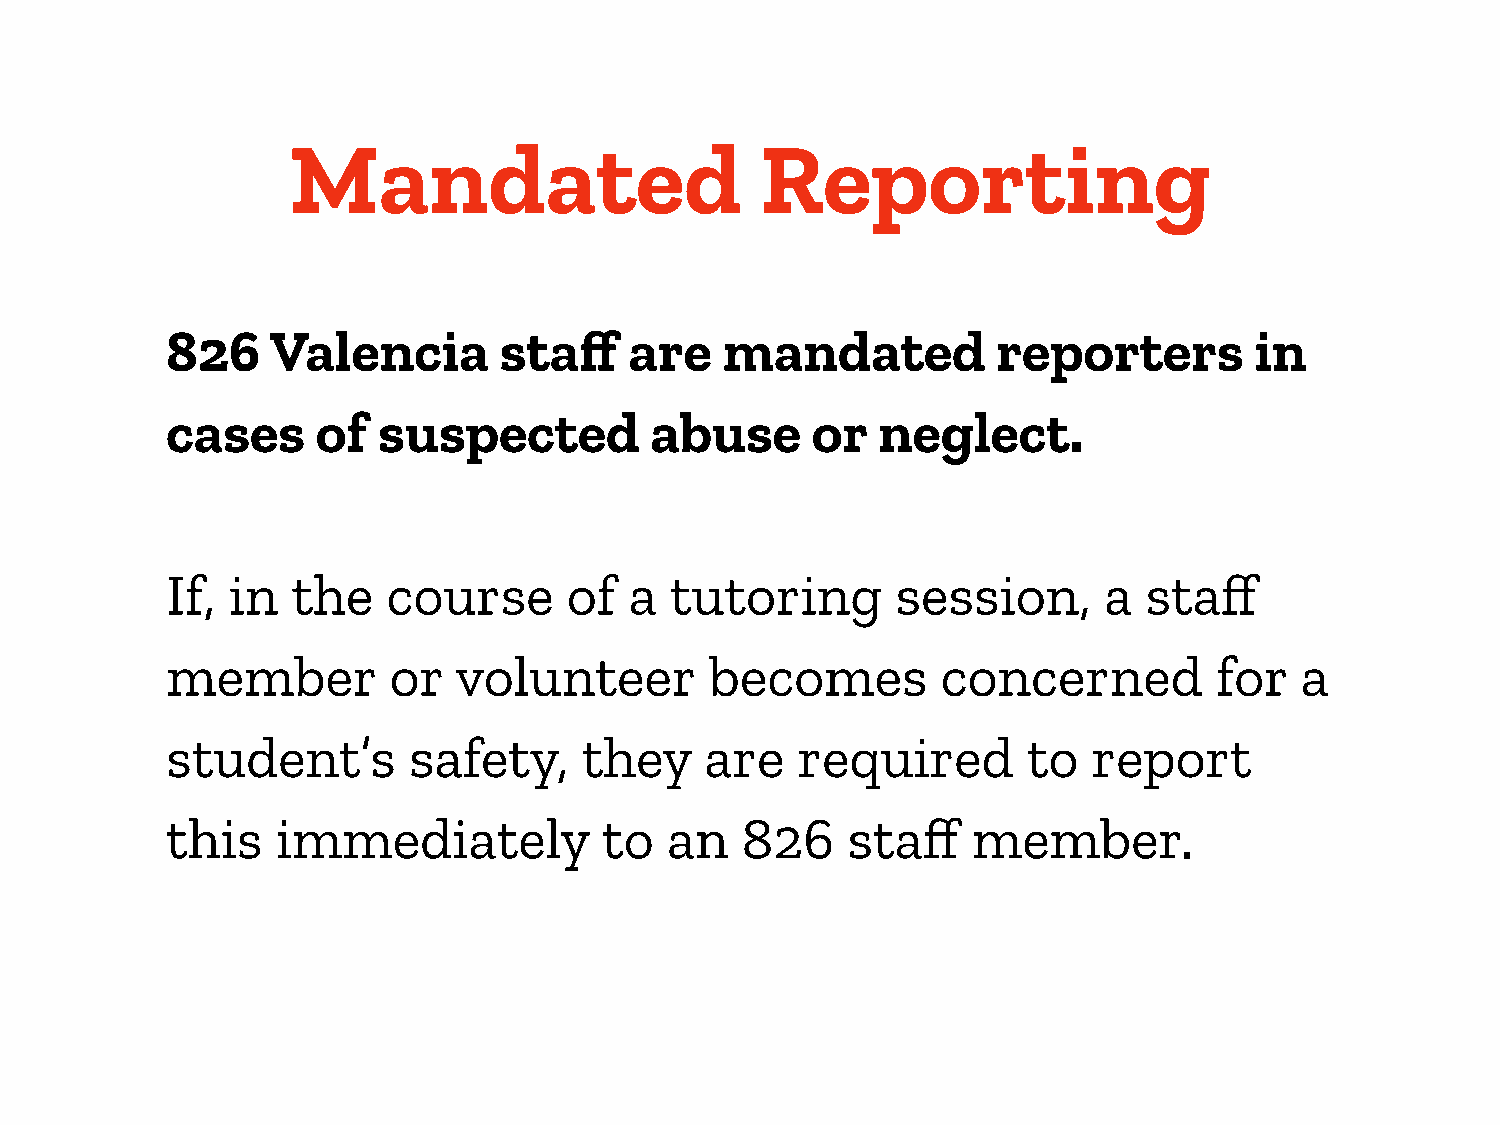
Mandated                       Reporting
 826    Valencia       staff    are   mandated          reporters        in
 cases     of  suspected         abuse      or  neglect.
 If, in  the    course      of  a tutoring       session,      a  staff
 member         or  volunteer        becomes        concerned          for  a
 student’s       safety,     they    are   required       to  report
 this   immediately           to  an   826    staff   member.